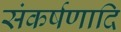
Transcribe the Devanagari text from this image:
संकर्षणादि